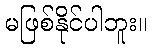
မဖြစ်နိုင်ပါဘူး။